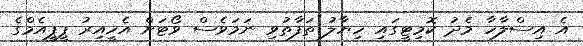
އެ އިސްލާހާ މެދު ކޮމިޓީގައި ހިޔާލު ތަފާތުވި ނަމަވެސް ވޯޓަށް އެހީއިރު ޕީޕީއެމްގެ